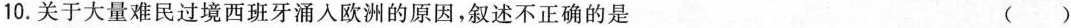
10. 关于大量难民过境西班牙涌入欧洲的原因，叙述不正确的是 ()